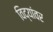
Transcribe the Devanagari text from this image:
विद्यांवर